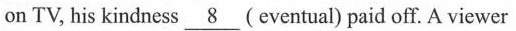
on TV, his kindness\underline{8}